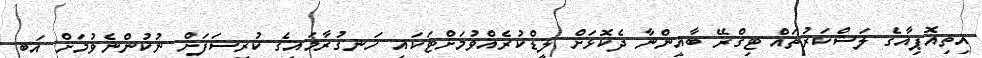
އިތިއޮޕިއާގެ ލަޝްކަރުތައް ޓިގްރޭ ބާޣީންނާ ދެކޮޅަށް ލީޑްކުރެއްވުމަށްޓަކައި ހަނގުރާމައިގެ ކުރީސަފަށް ނުކުންނެވުމަށް އަބީ